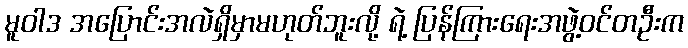
မူဝါဒ အပြောင်းအလဲရှိမှာမဟုတ်ဘူးလို့ ရဲ့ ပြန်ကြားရေးအဖွဲ့ဝင်တဦးက